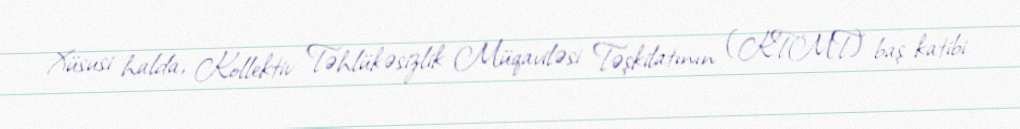
Xüsusi halda, Kollektiv Təhlükəsizlik Müqaviləsi Təşkilatının (KTMT) baş katibi